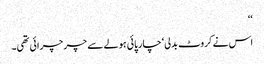
‘‘
اس نے کروٹ بدلی‘ چارپائی ہولے سے چر چرائی تھی۔